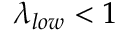
\lambda _ { l o w } < 1